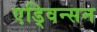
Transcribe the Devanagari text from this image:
एड्विन्सन